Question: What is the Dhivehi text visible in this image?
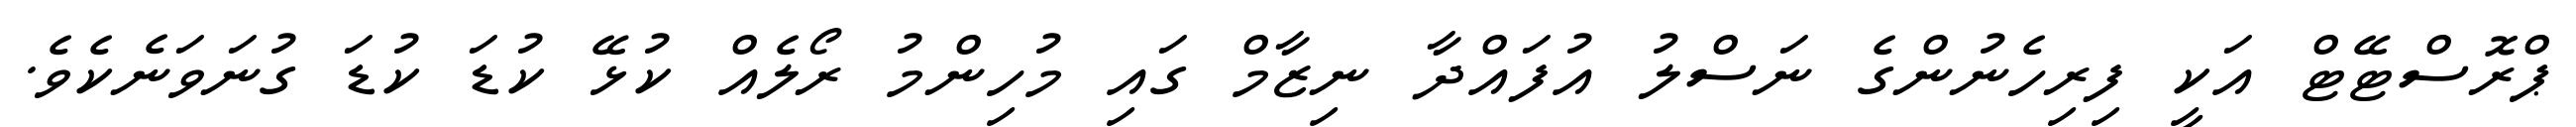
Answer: ޕްރޮސްޓޭޓް އަކީ ފިރިހެނުންގެ ނަސްލު އުފައްދާ ނިޒާމް ގައި މުހިންމު ރޯލެއް ކުޅޭ ކުޑަ ކުޑަ ގުނަވަނެކެވެ.